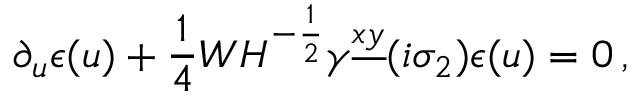
\partial _ { u } \epsilon ( u ) + { \frac { 1 } { 4 } } W H ^ { - { \frac { 1 } { 2 } } } \gamma ^ { \underline { { { x y } } } } ( i \sigma _ { 2 } ) \epsilon ( u ) = 0 \, ,